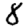
Digit: 8